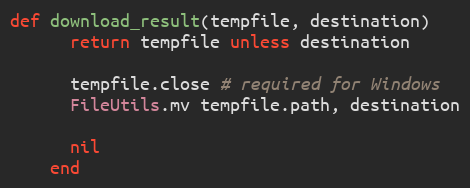
Language: Ruby
def download_result(tempfile, destination)
      return tempfile unless destination

      tempfile.close # required for Windows
      FileUtils.mv tempfile.path, destination

      nil
    end